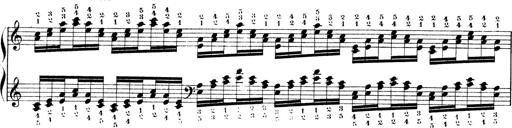
Title: Technische Studien
Composer: Franz Liszt